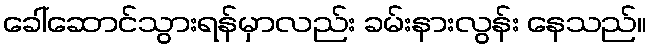
ခေါ်ဆောင်သွားရန်မှာလည်း ခမ်းနားလွန်း နေသည်။